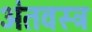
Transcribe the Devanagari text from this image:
अंतवस्त्र